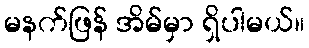
မနက်ဖြန် အိမ်မှာ ရှိပါမယ်။